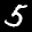
Label: 5